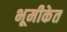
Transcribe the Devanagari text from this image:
भूमीकेत